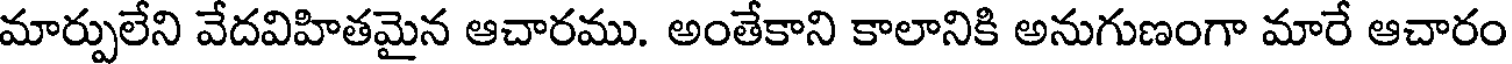
మార్పులేని వేదవిహితమైన ఆచారము. అంతేకాని కాలానికి అనుగుణంగా మారే ఆచారం